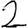
Digit: 2